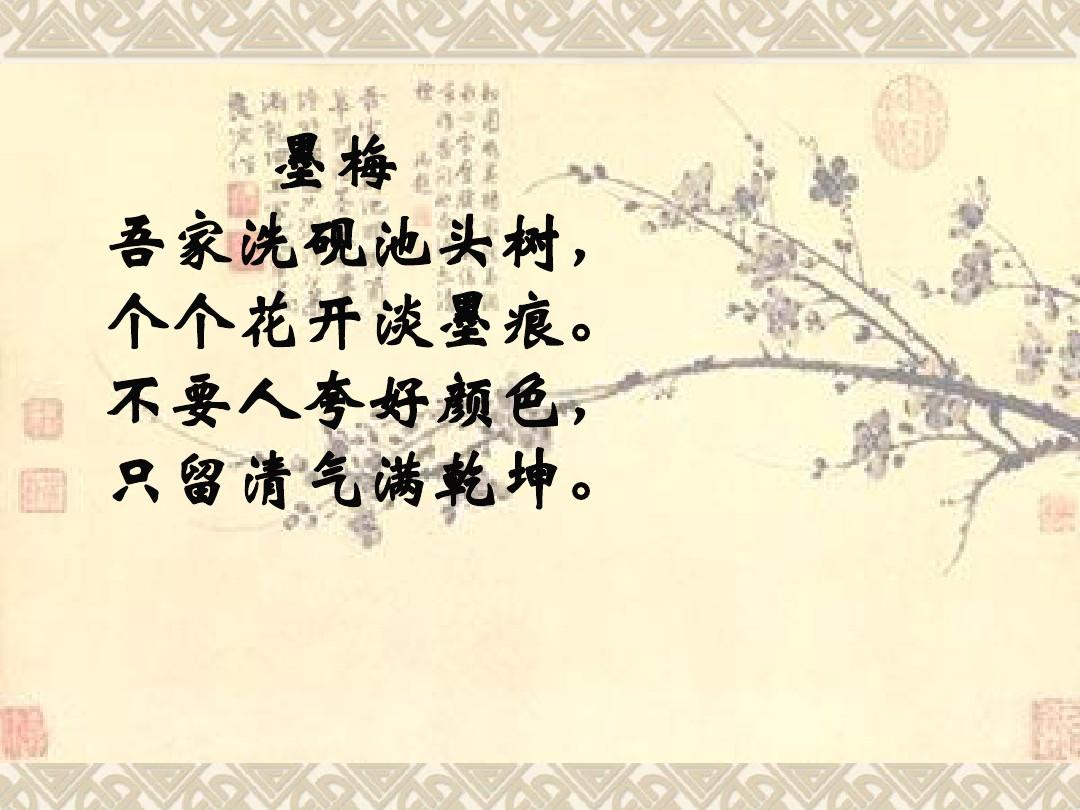
不要人夸颜色好，只留清气满乾坤。